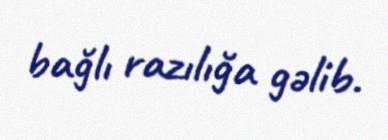
bağlı razılığa gəlib.